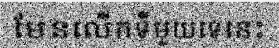
មែនលើកទីមួយទេនេះ